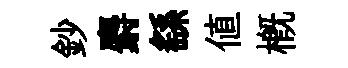
鈔麝繇値槪